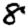
Digit: 8